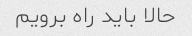
حالا باید راه برویم